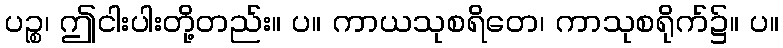
ပဉ္စ၊ ဤငါးပါးတို့တည်း။ ပ။ ကာယသုစရိတေ၊ ကာသုစရိုက်၌။ ပ။